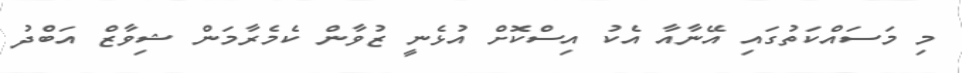
މި މަސައްކަތުގައި އޭނާއާ އެކު އިސްކޮށް އުޅެނީ ޒުވާން ކެމެރާމަން ޝިވާޒް އަބްދު